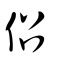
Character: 佋